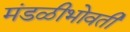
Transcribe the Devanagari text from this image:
मंडळीभोवती